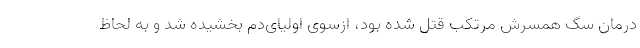
درمان سگ همسرش مرتکب قتل شده بود، ازسوی اولیای‌دم بخشیده شد و به لحاظ